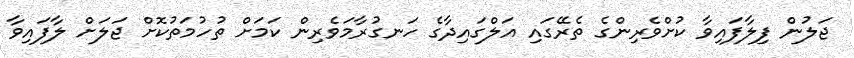
ޖަލުން ފިލާފައިވާ ކުށްވެރިންގެ ތެރޭގައި އަލްގައިދާގެ ހަނގުރާމަވެރިން ކަމަށް ތުހުމަތުކޮށް ޖަލަށް ލާފައިވާ